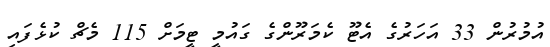
އުމުރުން 33 އަހަރުގެ އެޓޫ ކެމަރޫންގެ ގައުމީ ޓީމަށް 115 މެޗް ކުޅެފައި